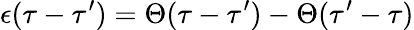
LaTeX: \epsilon(\tau-\tau^{\prime})=\Theta(\tau-\tau^{\prime})-\Theta(\tau^{\prime}-\tau)